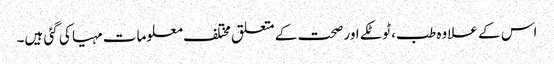
اس کے علاوہ طب، ٹوٹکے اور صحت کے متعلق مختلف معلومات مہیا کی گئی ہیں۔